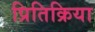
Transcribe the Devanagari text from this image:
प्रितिक्रिया